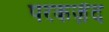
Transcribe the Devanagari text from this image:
परकज़ेंद